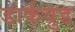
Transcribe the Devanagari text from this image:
डार्कवुड